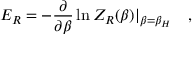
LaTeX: E _ { R } = - { \frac { \partial } { \partial \beta } } \ln Z _ { R } ( \beta ) | _ { \beta = \beta _ { H } } ~ ~ ~ ,